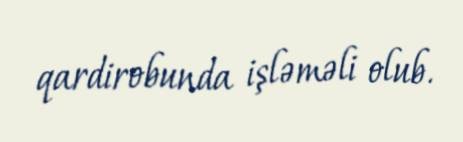
qardirobunda işləməli olub.